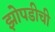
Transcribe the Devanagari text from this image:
झोपडीची